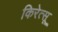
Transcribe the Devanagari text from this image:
किरेत्सू